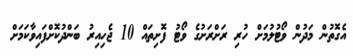
އެގޮތުން މަދުން ވޯޓުލުމަށް ހުރި ރަށްރަށުގެ ވޯޓު ފޮށިތައް 10 ޖެހިއިރު ބަންދުކޮށްފައިވާކަމަށް